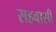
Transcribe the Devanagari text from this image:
सहवासी